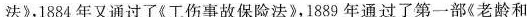
法》，1884年又通过了《工伤事故保险法》，1889年通过了第一部《老龄和